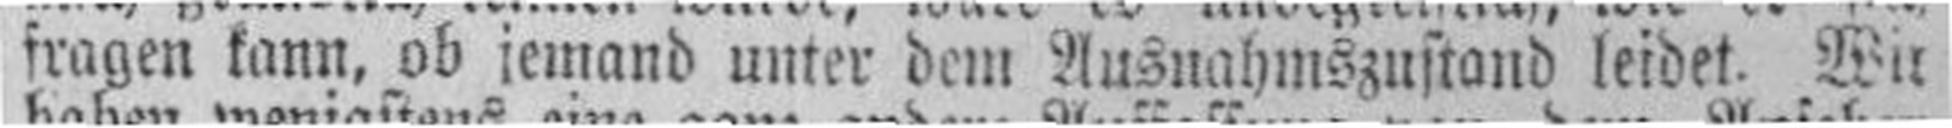
fragen kann, ob iemand unter dem Ausnahmszustand leidet. Wit